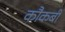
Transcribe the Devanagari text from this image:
कौकबी